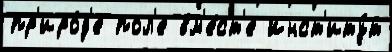
пр'иро́д'е пол'е вм'е́ст'е Инст'иту́т